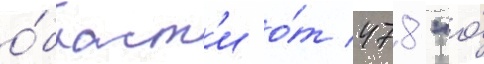
о́бласт'и о́т 478 "о́